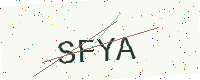
Text: SFYA